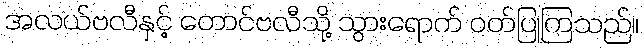
အလယ်ဗလီနှင့် တောင်ဗလီသို့ သွားရောက် ဝတ်ပြုကြသည်။